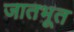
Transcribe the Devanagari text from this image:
जातभूत